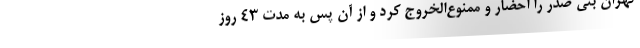
تهران بنی صدر را احضار و ممنوع‌الخروج کرد و از آن پس به مدت 43 روز